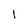
Character: 1